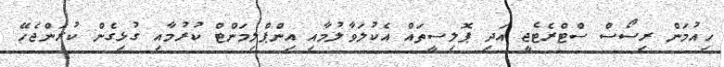
ހިއުމަން ރިސޯސް ސްޓްރެޓެޖީ އަދި ޕޮލިސީތައް އެކުލަވާލުމާއި އިންޕްލިމަންޓް ކުރުމާއި ގުޅިގެން ކުރަންޖެހޭ